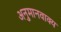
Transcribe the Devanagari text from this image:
अनुमानवाक्य